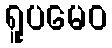
ရူပမေဝ